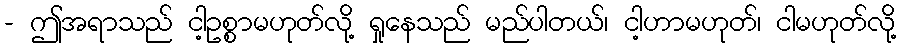
- ဤအရာသည် ငါ့ဥစ္စာမဟုတ်လို့ ရှုနေသည် မည်ပါတယ်၊ ငါ့ဟာမဟုတ်၊ ငါမဟုတ်လို့